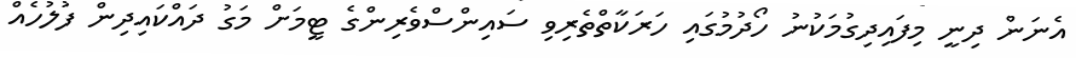
އެނަން ދިނީ މިފައިދިގުމަކުނު ހޯދުމުގައި ހަރަކާތްތެރިވި ސައިންސްވެރިންގެ ޓީމަށް މަގު ދައްކައިދިން ފުލުހެއް